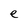
Character: e